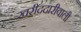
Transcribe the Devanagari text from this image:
खरीददारीवाली